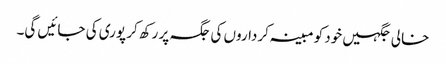
خالی جگہیں خود کو مبینہ کرداروں کی جگہ پر رکھ کر پوری کی جائیں گی۔